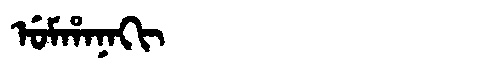
Manchu: ᡠᠮᡥᠠᠨᠠᡴᡳ
Romanization: UMHANAKI